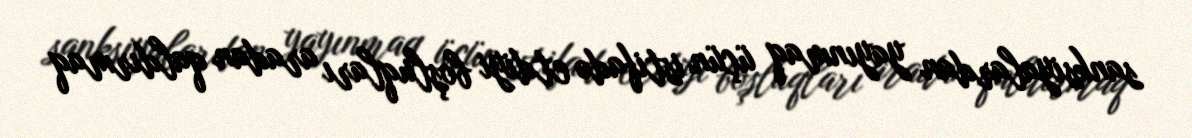
sanksiyalardan yayınmaq üçün istifadə etdiyi boşluqları aradan qaldırmaq